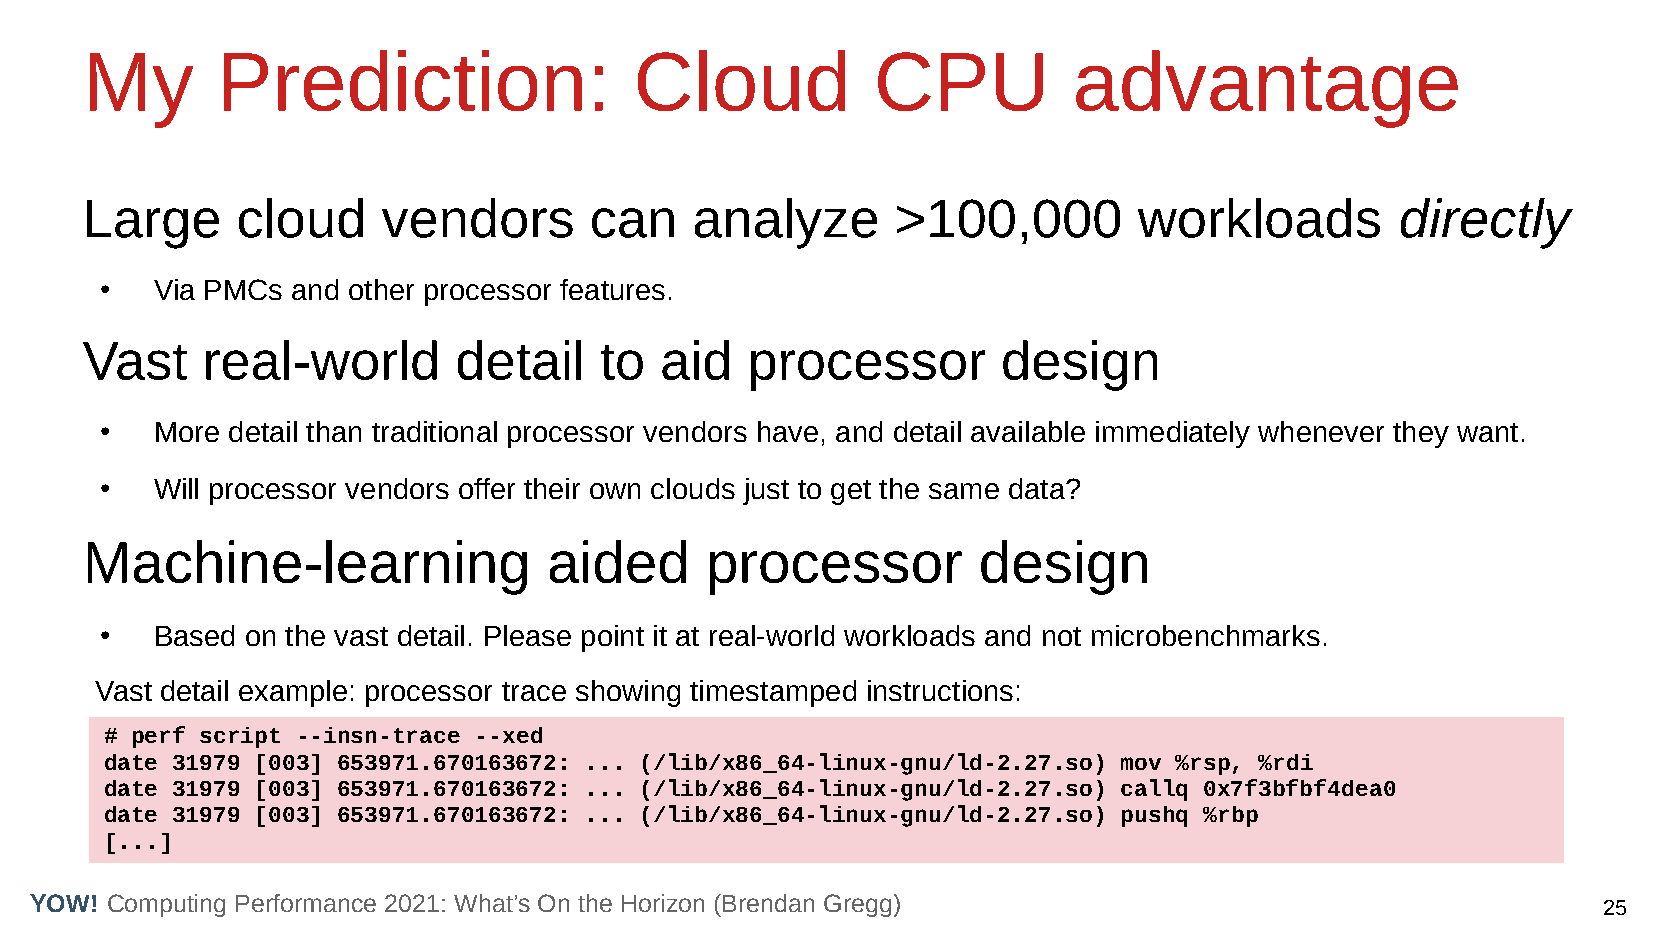
My       Prediction:                 Cloud           CPU          advantage
 Large      cloud    vendors       can    analyze      >100,000        workloads         directly
 ●  Via PMCs and other processor features.
 Vast    real-world       detail    to  aid  processor        design
 ●  More detail than traditional processor vendors have, and detail available immediately whenever they want.
 ●  Will processor vendors offer their own clouds just to get the same data?
 Machine-learning               aided      processor         design
 ●  Based on the vast detail. Please point it at real-world workloads and not microbenchmarks.
 Vast detail example: processor trace showing timestamped instructions:
 # perf script --insn-trace --xed
 date 31979 [003] 653971.670163672: ... (/lib/x86_64-linux-gnu/ld-2.27.so) mov %rsp, %rdi
 date 31979 [003] 653971.670163672: ... (/lib/x86_64-linux-gnu/ld-2.27.so) callq 0x7f3bfbf4dea0
 date 31979 [003] 653971.670163672: ... (/lib/x86_64-linux-gnu/ld-2.27.so) pushq %rbp
 [...]
 YOW! Computing Performance 2021: What’s On the Horizon (Brendan Gregg)                                  25